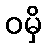
ဝမှိ